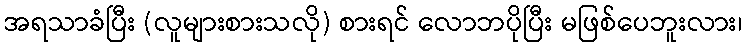
အရသာခံပြီး (လူများစားသလို) စားရင် လောဘပိုပြီး မဖြစ်ပေဘူးလား၊